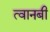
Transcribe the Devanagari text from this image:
त्वानबी